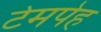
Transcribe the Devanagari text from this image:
टेमपेह